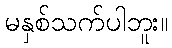
မနှစ်သက်ပါဘူး။